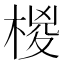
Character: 椶